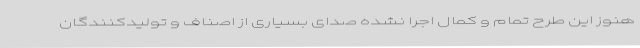
هنوز این طرح تمام و کمال اجرا نشده صدای بسیاری از اصناف و تولیدکنندگان